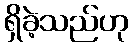
ရှိခဲ့သည်ဟု